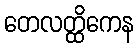
တေလတ္ထိကေန